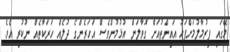
މޭގައި ފިރުމާލުމަށްފަހު އައިންތުއަށް ގޮވާލަން އުޅުމުންވެސް އަހަރެންގެ ދުލެއް ހަރަކާތެއް ނުކުރި އެވެ.